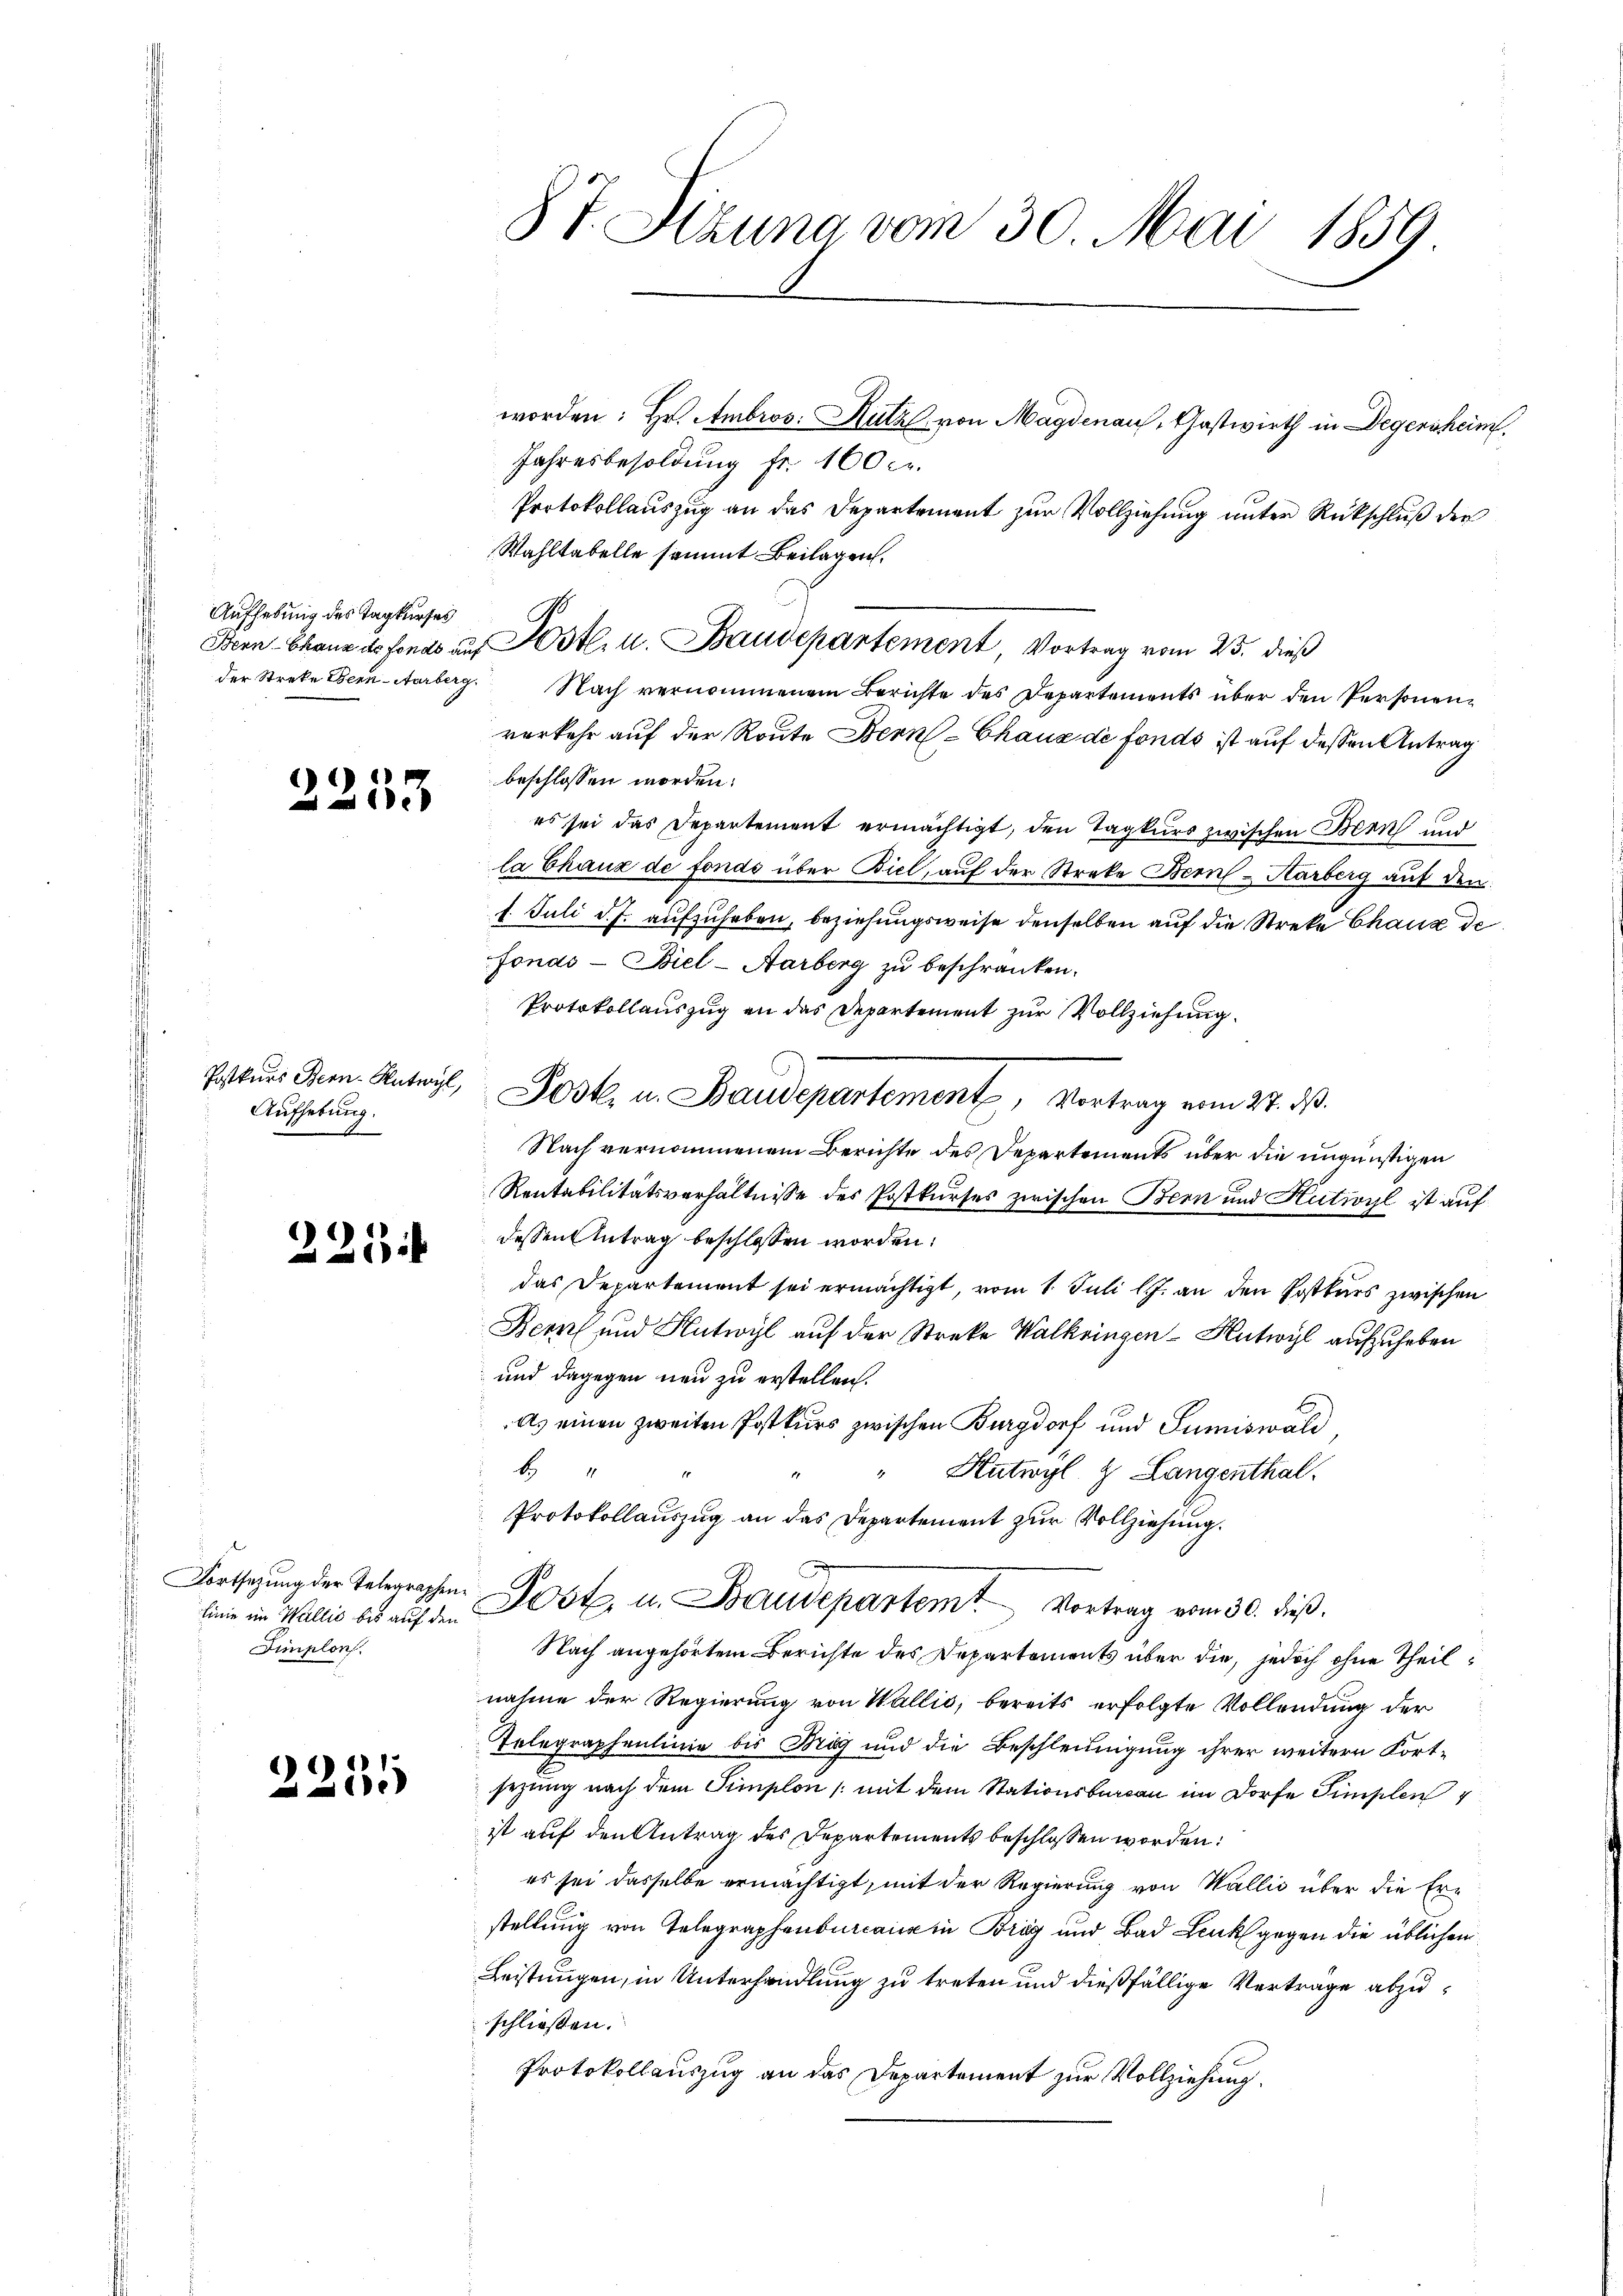
Aufhebung des Tagkurfes

)
e

Postkurs Bern Antwyl,
Aufhebung.

223

Fortsetzung der Telegraphenlinie im Wallis bis auf den
Fimplon.

2255

87. Sitzung vom 30. Mai 1859.

worden: Hr. Ambros: Hutz von Magdenaus, Gastwirth in Degensheim
Jahresbesoldung fr. 100 c.
Protokollauszug an das Departement zur Vollziehung unter Rückschluß der
Wahltabelle sammt Beilagen.
Bern-Chaux des Fonds auf Postl. u. Baudepartement, Vortrag vom 25. dieß
der Streke Bern-Aarberg. Nach vernommenem Berichte des Departements über den Personenverkehr auf der Route Bern-Chaus de fonds ist auf dessen Antrag
beschlossen worden.
es sei das Departement ermächtigt, den Tagkurs zwischen Bern und
la Chaux de fonds über Biel, auf der Streke Bern - Karberg auf den
7. Juli d. J. aufzuheben, beziehungsweise denselben auf die Streke Chaus de
fonas - Biel-Aarberg zu beschränken.
Protokollauszug an das Departement zur Vollziehung
Posk. u. Baudepartement, Vortrag vom 27. d.
Nach vernommenem Berichte des Departements über die ungünstigen
Rentabilitätsverhältnisse des Postkurses zwischen Bern und Hutivyl ist auf
dessen Antrag beschlossen worden.
das Departement sei ermächtigt, vom 1. Juli l.J. an den Postkurs zwischen
Bern und Hutwyl auf der Streke Walkringen-Autwyl aufzuheben
und dagegen neu zu erstellen.
A. einen zweiten Postkurs zwischen Burgdorf und Sumiswald,
b
Hutwyl & Langenthal.
1
Protokollauszug an das Departement zur Vollziehung.
Post. u. Staudepartemt. Vortrag vom 30. dieß
Nach angehörtem Berichte des Departements über die, jedoch ohne Theilnahme der Regierung von Wallis, bereits erfolgte Vollendung der
Telegraphenlinie bis Brig und die Beschleunigung ihrer weitern Fortsezung nach dem Simplon (mit dem Stationsbureau im Dorfe Simplen
ist auf den Antrag des Departements beschlossen worden:
es sei dasselbe ermächtigt, mit der Regierung von Wallis über die Er-
stellung von Telegraphenburcaiz in Bräg und Bad Leuk gegen die üblichen
Leistungen, in Unterhandlung zu treten und dießfällige Verträge abzuschliessen.
Protokollauszug an das Departement zur Vollziehung.